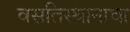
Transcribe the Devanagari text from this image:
वसतिस्थानाचा